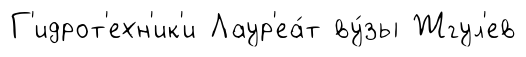
Г'идрот'ехн'ик'и Лаур'еа́т ву́зы Жгул'ев